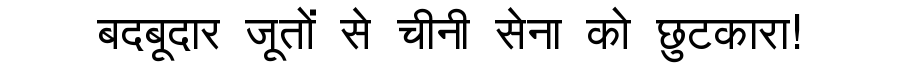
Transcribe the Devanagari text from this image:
बदबूदार जूतों से चीनी सेना को छुटकारा!